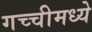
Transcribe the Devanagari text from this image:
गच्चीमध्ये